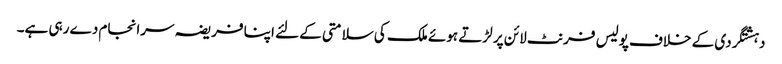
دہشتگردی کے خلاف پولیس فرنٹ لائن پر لڑتے ہوئے ملک کی سلامتی کے لئے اپنا فریضہ سرانجام دے رہی ہے۔